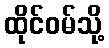
ထိုင်ဝမ်သို့